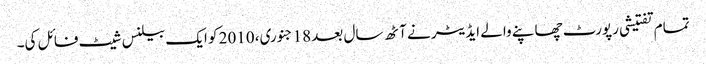
تمام تفتیشی رپورٹ چھاپنے والے ایڈیٹر نے آٹھ سال بعد 18 جنوری، 2010 کو ایک بیلنس شیٹ فائل کی۔